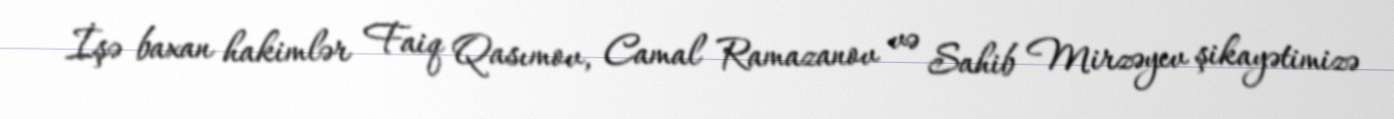
İşə baxan hakimlər Faiq Qasımov, Camal Ramazanov və Sahib Mirzəyev şikayətimizə